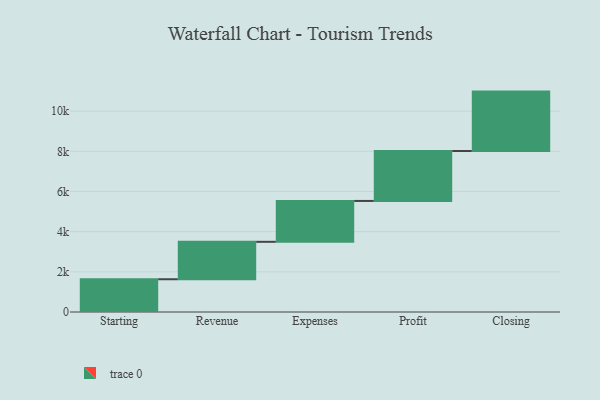
{"axis": {"x": "Step", "y": "Value"}, "legend": [""], "data": [{"x": "Starting", "y": 1631.0, "type": ""}, {"x": "Revenue", "y": 1863.0, "type": ""}, {"x": "Expenses", "y": 2035.0, "type": ""}, {"x": "Profit", "y": 2487.0, "type": ""}, {"x": "Closing", "y": 2956.0, "type": ""}]}